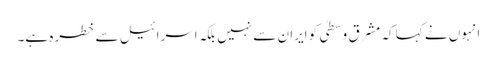
انہوں نے کہا کہ مشرق وسطیٰ کو ایران سے نہیں بلکہ اسرائیل سے خطرہ ہے۔